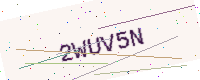
Text: 2WUV5N